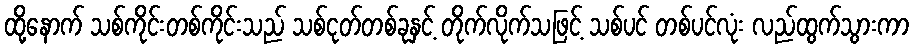
ထို့နောက် သစ်ကိုင်းတစ်ကိုင်းသည် သစ်ငုတ်တစ်ခုနှင့် တိုက်လိုက်သဖြင့် သစ်ပင် တစ်ပင်လုံး လည်ထွက်သွားကာ